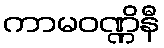
ကာမဝဏ္ဏိနီ